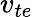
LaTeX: v_{te}